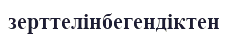
зерттелінбегендіктен